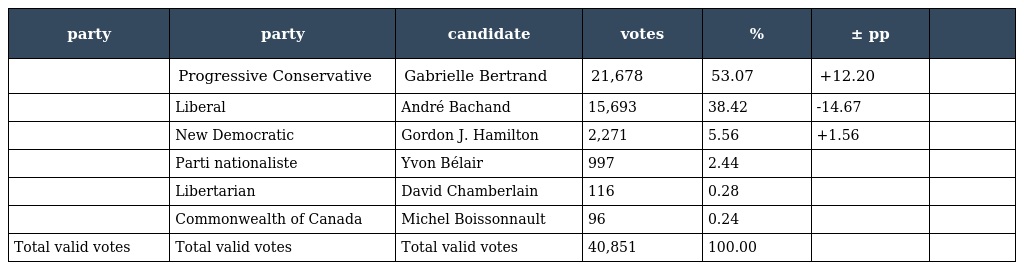
| party | party | candidate | votes | % | ± pp |  |
 | --- | --- | --- | --- | --- | --- | --- |
 |  | Progressive Conservative | Gabrielle Bertrand | 21,678 | 53.07 | +12.20 |  |
 |  | Liberal | André Bachand | 15,693 | 38.42 | -14.67 |  |
 |  | New Democratic | Gordon J. Hamilton | 2,271 | 5.56 | +1.56 |  |
 |  | Parti nationaliste | Yvon Bélair | 997 | 2.44 |  |  |
 |  | Libertarian | David Chamberlain | 116 | 0.28 |  |  |
 |  | Commonwealth of Canada | Michel Boissonnault | 96 | 0.24 |  |  |
 | Total valid votes | Total valid votes | Total valid votes | 40,851 | 100.00 |  |  |